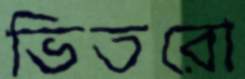
ভিতরো